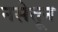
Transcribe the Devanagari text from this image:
नसेतून